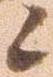
候